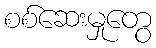
စစ်ဆေးမှုတွေ